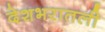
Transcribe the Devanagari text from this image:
देशभरातली